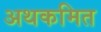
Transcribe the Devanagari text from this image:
अथकमित